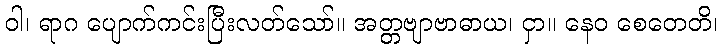
ဝါ၊ ရာဂ ပျောက်ကင်းပြီးလတ်သော်။ အတ္တဗျာဗာဓာယ၊ ငှာ။ နေဝ စေတေတိ၊